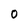
Character: O